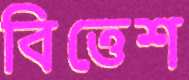
বিত্তেশ